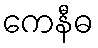
ကေနီဓ